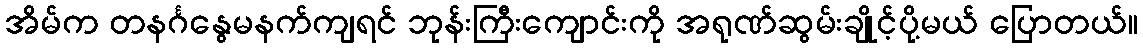
အိမ်က တနင်္ဂနွေမနက်ကျရင် ဘုန်းကြီးကျောင်းကို အရုဏ်ဆွမ်းချိုင့်ပို့မယ် ပြောတယ်။